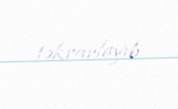
təkrarlayıb.